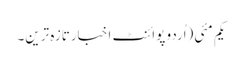
یکم مئی(اُردو پوائنٹ اخبارتازہ ترین۔